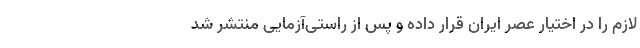
لازم را در اختیار عصر ایران قرار داده و پس از راستی‌آزمایی منتشر شد